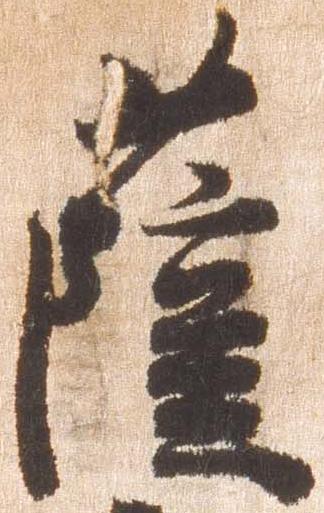
薩